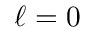
\ell = 0